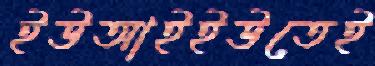
ইউআইইউতেই